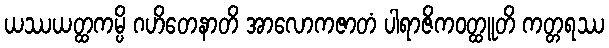
ယဿယတ္ထကမ္ပိ ဂဟိတေနာတိ အာလောကဇာတံ ပါရာဇိကဝတ္ထူတိ ကတ္တရဿ